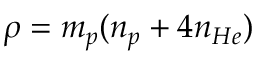
\rho = m _ { p } ( n _ { p } + 4 n _ { H e } )